Scottish Leaving Certificate Examination, 1954
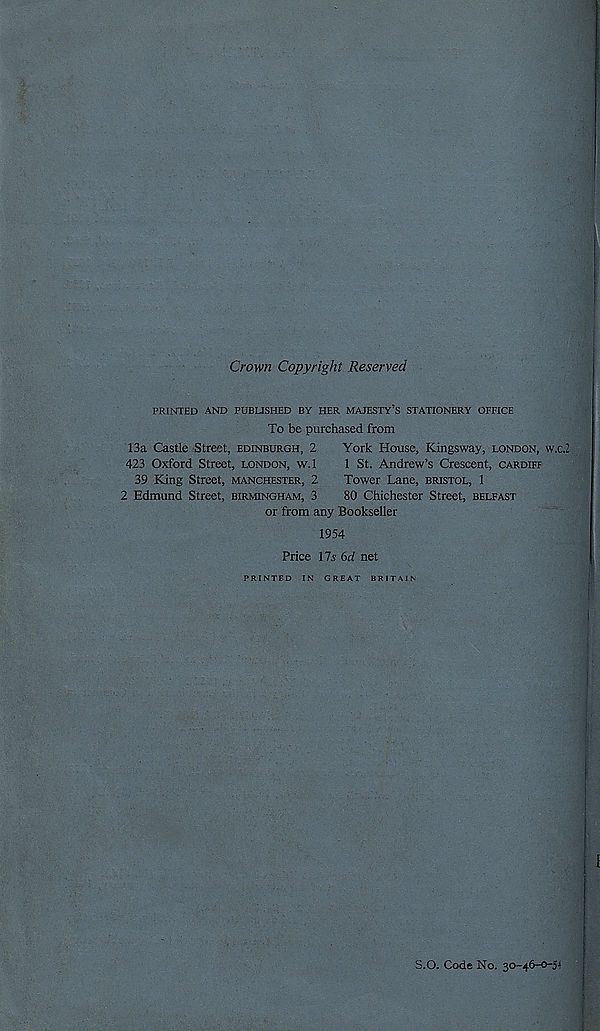
Crown Copyright Reserved
PRINTED AND PUBUSHED BY HER MAJESTY’S STATIONERY OFFICE
To be purchased from
13a Castle Street, Edinburgh, 2
York House, Kingsway, London, w.c.2
423 Oxford Street, London, w.l
1 St. Andrew’s Crescent, Cardiff
39 King Street, Manchester, 2.
Tower Lane, Bristol, 1
2 Edmund Street, Birmingham, 3
80 Chichester Street, Belfast
or from any Bookseller
1954
Price Us 6d net
PRINTED IN GREAT BRITAIN
S.O. Code No. 30~46-o-5-l